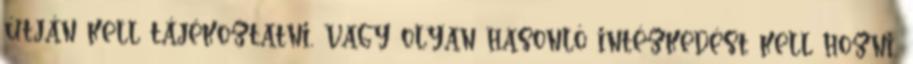
útján kell tájékoztatni, vagy olyan hasonló intézkedést kell hozni,